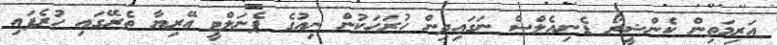
އަރިމަތިން ކެންޝީރޯ ޑެނިއެލްސް ނަގައިދިން ހުރަހަކުން ނިއުގެ ޕެނަލްޓީ އޭރިޔާ ތެރޭގައި ހުރެފައި